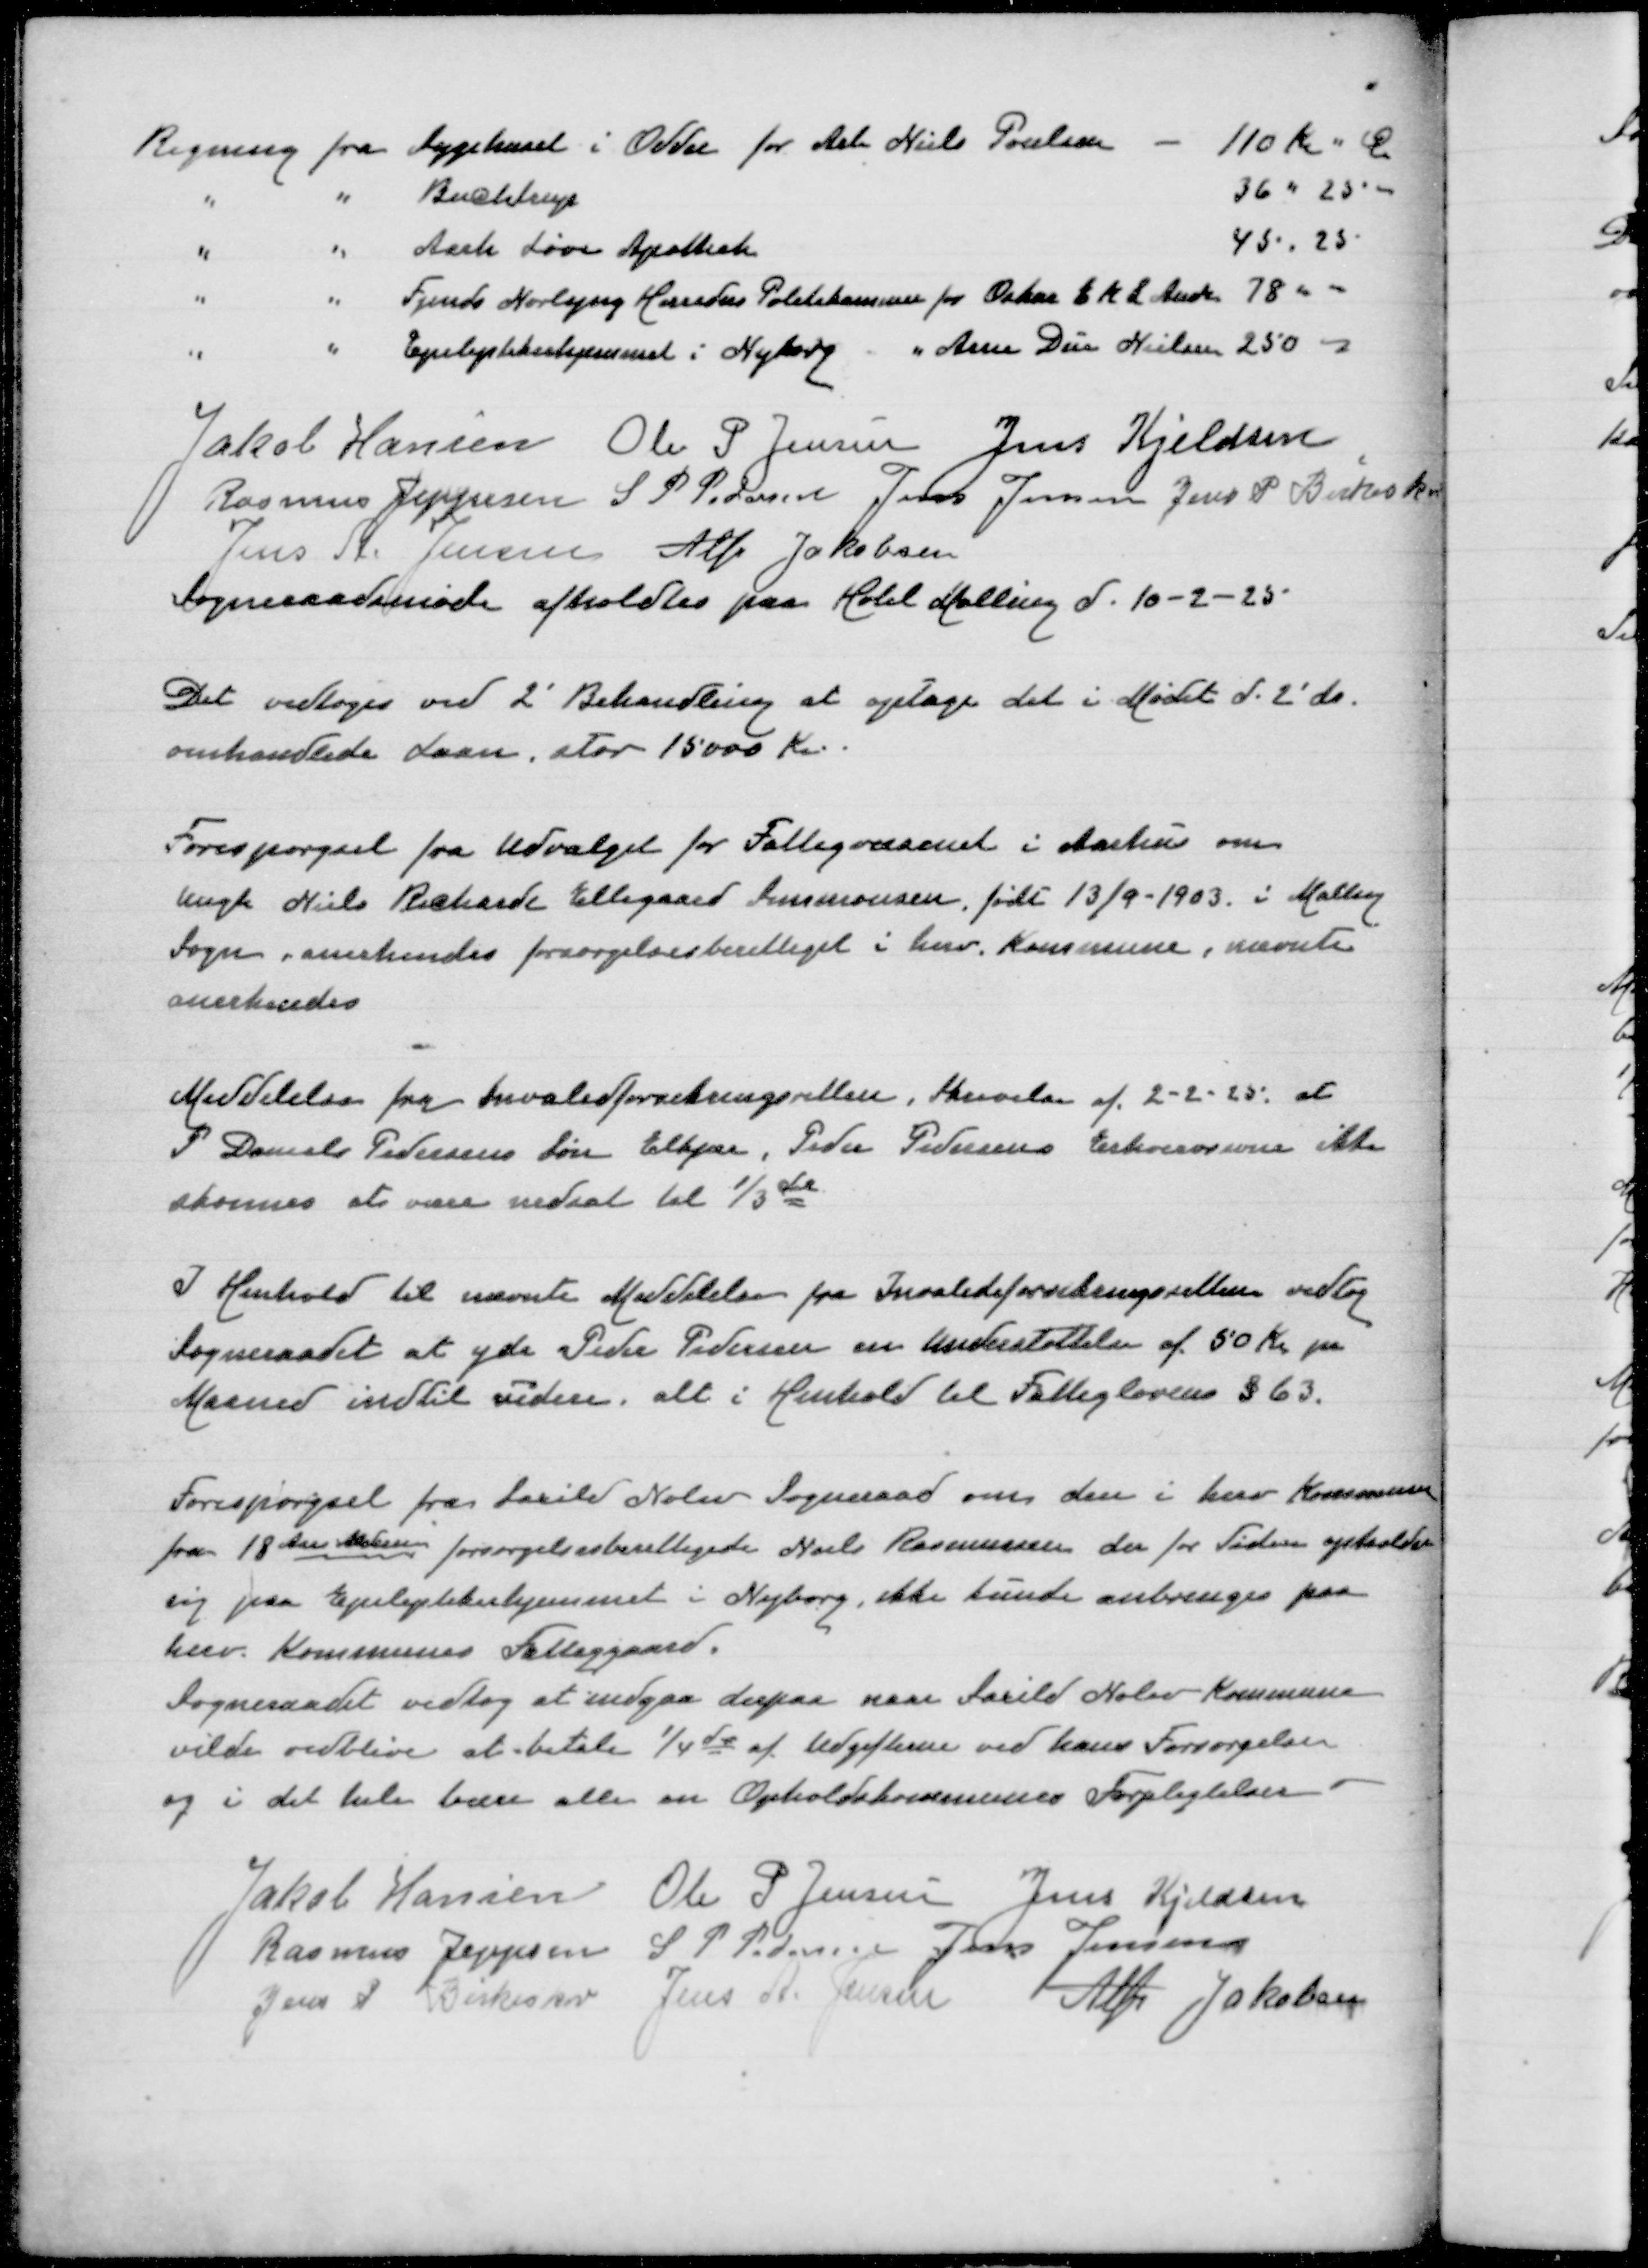
Transskription:
Regning fra Sygehuset i Odder for Arb Niels Poulsen
110 Kr 00 Ø
" " Buchtrup
36 " 25 "
" " Aarh Løve Apothek
45 " 25
" " Fjends Nørlyng Herreders Politimester for Oskar E K L Ander
78 "
" " Epileptikerhjemmet i Nyborg " Arne Due Nielsen
250 "

Jakob Hansen
Ole P Jensen
Jens Kjeldsen
Rasmus Jeppesen
S P Pedersen
Jens Jensen
Jens P Birkeskov
Jens A Jensen
Alfr Jakobsen
Sogneraadsmøde afholdes paa Hotel Malling d 10-2-25

Det vedtoges ved 2' Behandling at optage det i Mødet d 2' ds
omhandlede Laa stor 15000 Kr

Forespørgsel fra Udvalget for Fattigvæsenet i Aarhus om
Ungk Niels Richarde Ellegaard Simmonsen, født 13/9-1903 i Malling
Sogn anerkendes forsørgelsesberettiget i herv Kommune, nævnte
anerkendes

Meddelelse fra Invalidforsikringsretten, Skrivelse af 2-2-25 at
P Daniel Pedersens Søn Elkjær, Peder Pedersens Erhvervsevne ikke
skønnes at være nedsat til 1/3 del

I Henhold til nævnte Meddelelse fra Invalideforsikringsretten vedtog
Sogneraadet at yde Peder Pedersen en Understøttelse af 50 Kr pr
Maaned indtil videre, alt i Henhold til Fattiglovens § 63

Forespørgsel fra Saxild Nølev Sogneraad om den i herv Kommune
fra 18 Aar  forsørgelsesberettigede Niels Rasmussen der for tiden opholder
sig paa Epileptikerhjemmet i Nyborg, ikke kunde anbringes paa
herv Kommunes Fattiggaard
Sogneraadet vedtog at indgaa derpaa naar Saxild Nølev Kommune
vilde vedblive at betale 1/4de af Udgifterne ved hans Forsørgelse
og i det hele bære en Opholdskommunes Forpligtelser

Jakob Hansen
Ole P Jensen
Jens Kjeldsen
Rasmus Jeppesen
S P Pedersen
Jens Jensen
Jens P Birkeskov
Jens A Jensen
Alfr Jakobsen